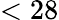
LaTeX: <28